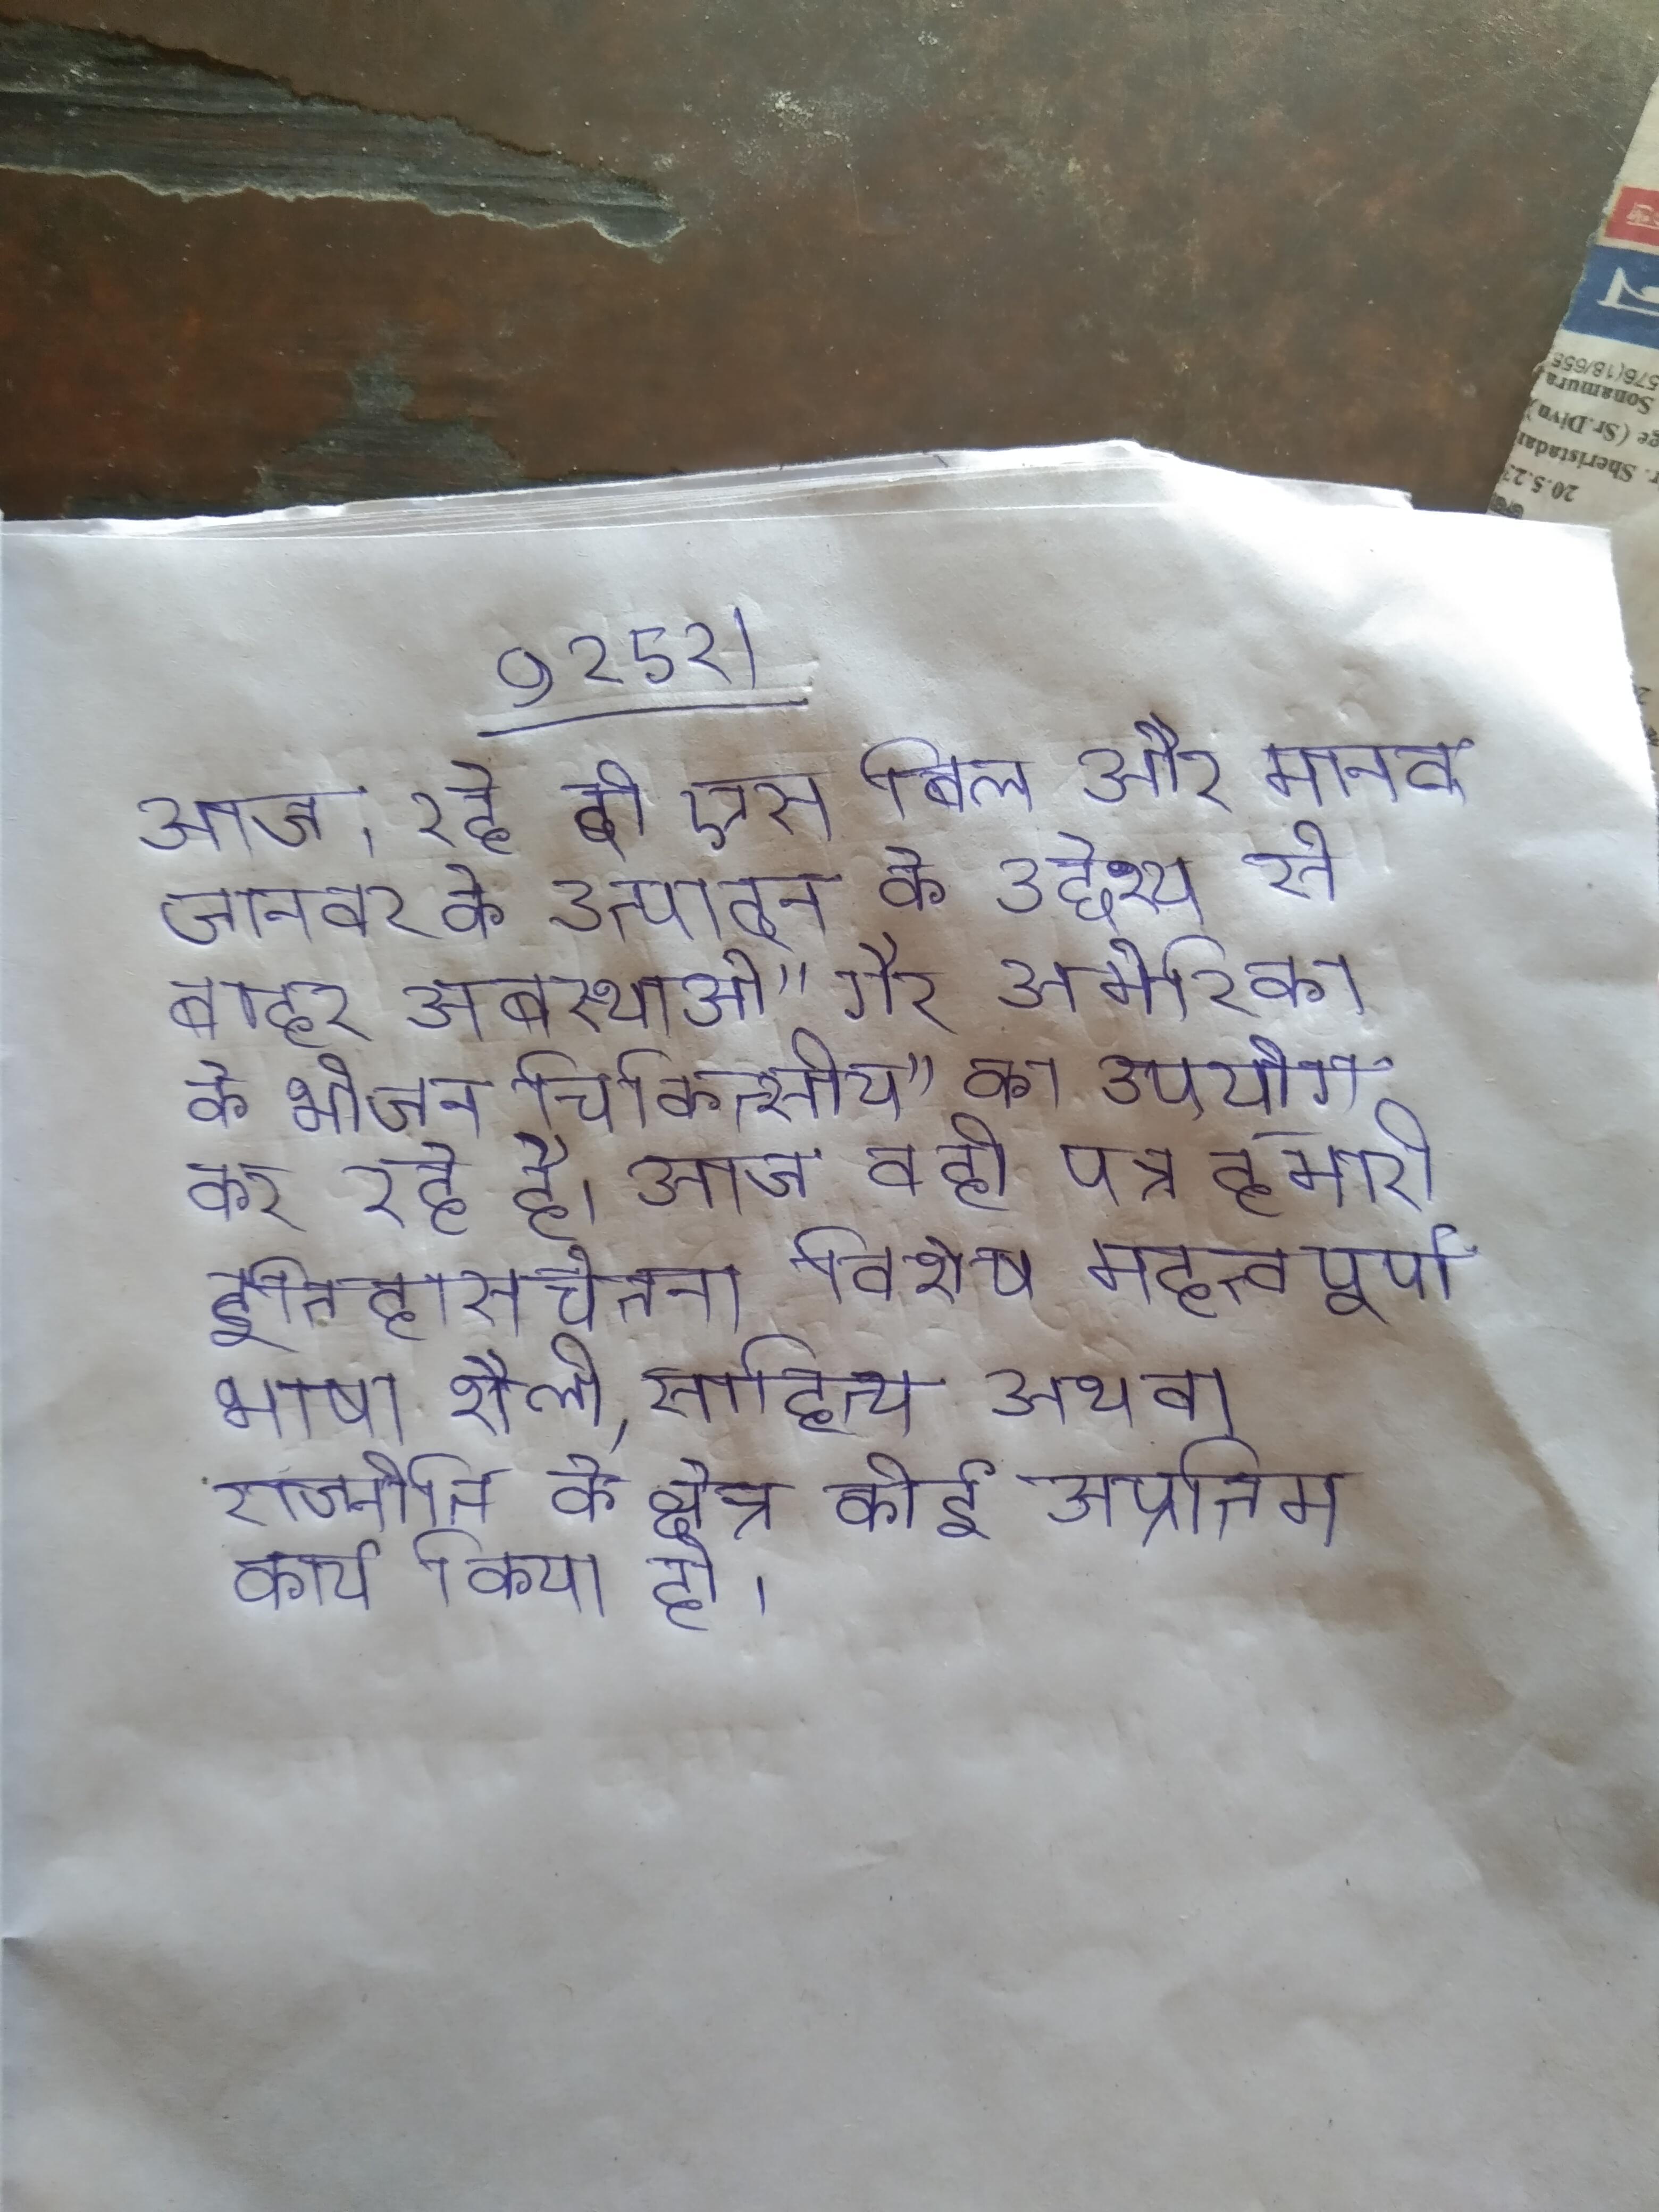
आज, रहे दो एस बिल और मानव जानवर के उत्पादन के उद्देश्य से बाहर अबस्थाओ "गैर अमेरिका के भोजन चिकित्सीय" का उपयोग कर रहे है । आज वही पत्र हमारी इतिहासचेतना विशेष महत्वपूर्ण भाषा शैली, साहित्य अथवा राजनीति के क्षेत्र कोई अप्रतिम कार्य किया हो ।